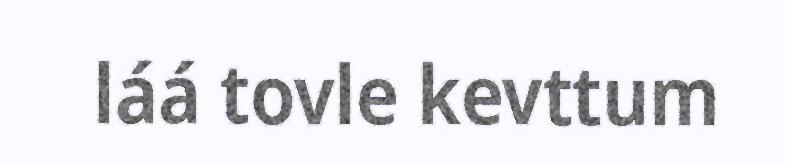
láá tovle kevttum